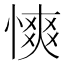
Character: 慡